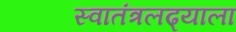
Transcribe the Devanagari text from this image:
स्वातंत्रलढ्याला